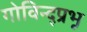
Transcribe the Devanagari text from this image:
गोविन्द्प्रभू